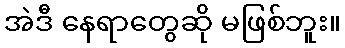
အဲဒီ နေရာတွေဆို မဖြစ်ဘူး။